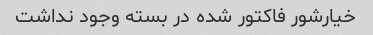
خیارشور فاکتور شده در بسته وجود نداشت